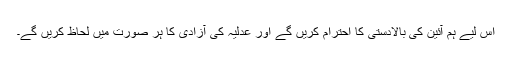
اس لیے ہم آئین کی بالادستی کا احترام کریں گے اور عدلیہ کی آزادی کا ہر صورت میں لحاظ کریں گے۔